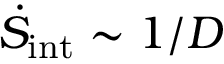
\dot { S } _ { \mathrm { i n t } } \sim 1 / D